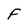
Character: F